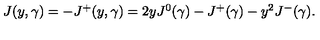
\begin{array} { l c r } { J ( y , \gamma ) = - J ^ { + } ( y , \gamma ) = 2 y J ^ { 0 } ( \gamma ) - J ^ { + } ( \gamma ) - y ^ { 2 } J ^ { - } ( \gamma ) . } \\ \end{array}